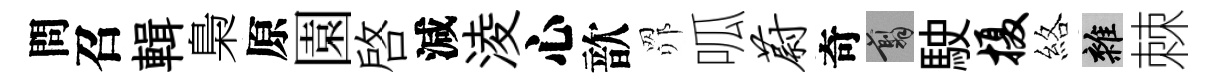
問召輯梟原園啓減淩心歆𦊑呱蔚奇翦駛摄絡雜棘